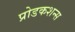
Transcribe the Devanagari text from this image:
प्रोडकशन्स